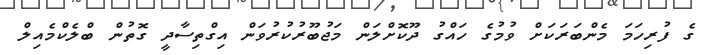
ގެ ފުރިހަމަ މެންބަރަކަށް ވުމުގެ ހައްގު ދޫކޮށްލަން މަޖުބޫރުކުރުވަން އިގްތިސާދީ ގޮތުން ބްލެކްމެއިލް